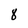
Character: 8